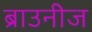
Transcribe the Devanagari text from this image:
ब्राउनीज